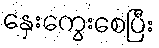
နှေးကွေးစေပြီး